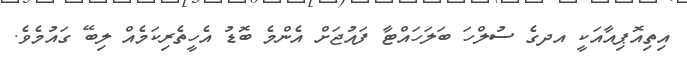
އިތިއޮޕިއާއަކީ އދގެ ސުލްހަ ބަލަހައްޓާ ފައުޖަށް އެންމެ ބޮޑު އެހީތެރިކަމެއް ލިބޭ ގައުމެވެ.